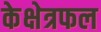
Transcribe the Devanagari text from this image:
केक्षेत्रफल